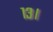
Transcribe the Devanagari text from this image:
१३।